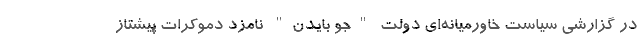
در گزارشی سیاست خاورمیانه‌ای دولت "جو بایدن" نامزد دموکرات پیشتاز